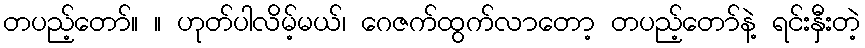
တပည့်တော်။ ။ ဟုတ်ပါလိမ့်မယ်၊ ဂေဇက်ထွက်လာတော့ တပည့်တော်နဲ့ ရင်းနှီးတဲ့